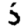
Digit: 5